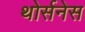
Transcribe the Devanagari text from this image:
थोर्सनेस